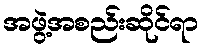
အဖွဲ့အစည်းဆိုင်ရာ